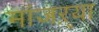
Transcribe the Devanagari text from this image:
मांजऱ्या